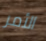
الأمر